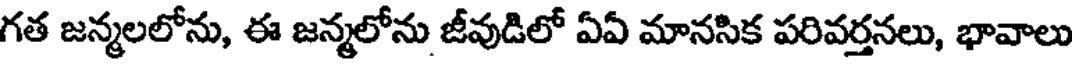
గత జన్మలలోను, ఈ జన్మలోను జీవుడిలో ఏఏ మానసిక పరివర్తనలు, భావాలు